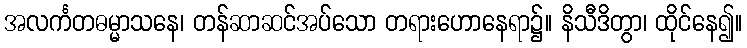
အလင်္ကတဓမ္မာသနေ၊ တန်ဆာဆင်အပ်သော တရားဟောနေရာ၌။ နိသီဒိတွာ၊ ထိုင်နေ၍။